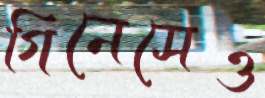
গিনেসেও